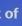
of